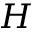
H